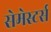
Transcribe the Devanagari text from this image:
सेमेस्टर्स